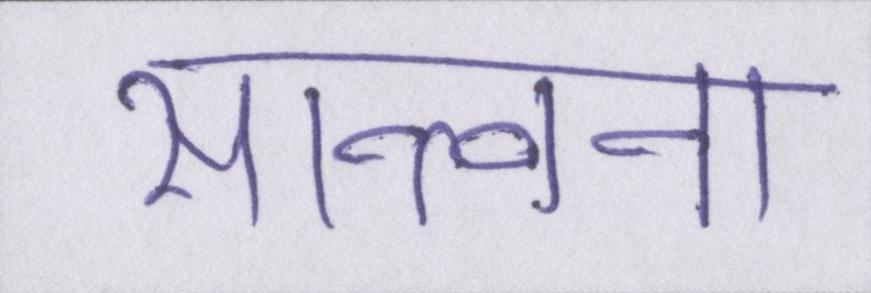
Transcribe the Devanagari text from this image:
सान्त्वना